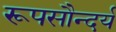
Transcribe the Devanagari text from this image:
रूपसौन्दर्य